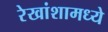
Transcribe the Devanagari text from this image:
रेखांशामध्ये